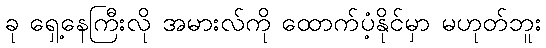
ခု ရှေ့နေကြီးလို အမားလ်ကို ထောက်ပံ့နိုင်မှာ မဟုတ်ဘူး